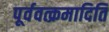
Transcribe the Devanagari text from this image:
पूर्ववत्क्रमादिति